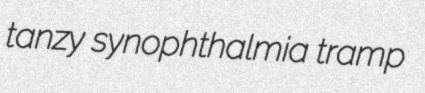
tanzy synophthalmia tramp